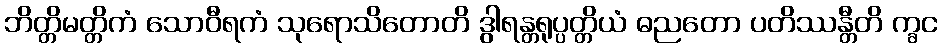
ဘိတ္တိမတ္တိကံ သောဝီရကံ သုရောသိတောတိ ဒွါရန္တရုပ္ပတ္တိယံ ဓညတော ပတိဿန္တီတိ က္ခင